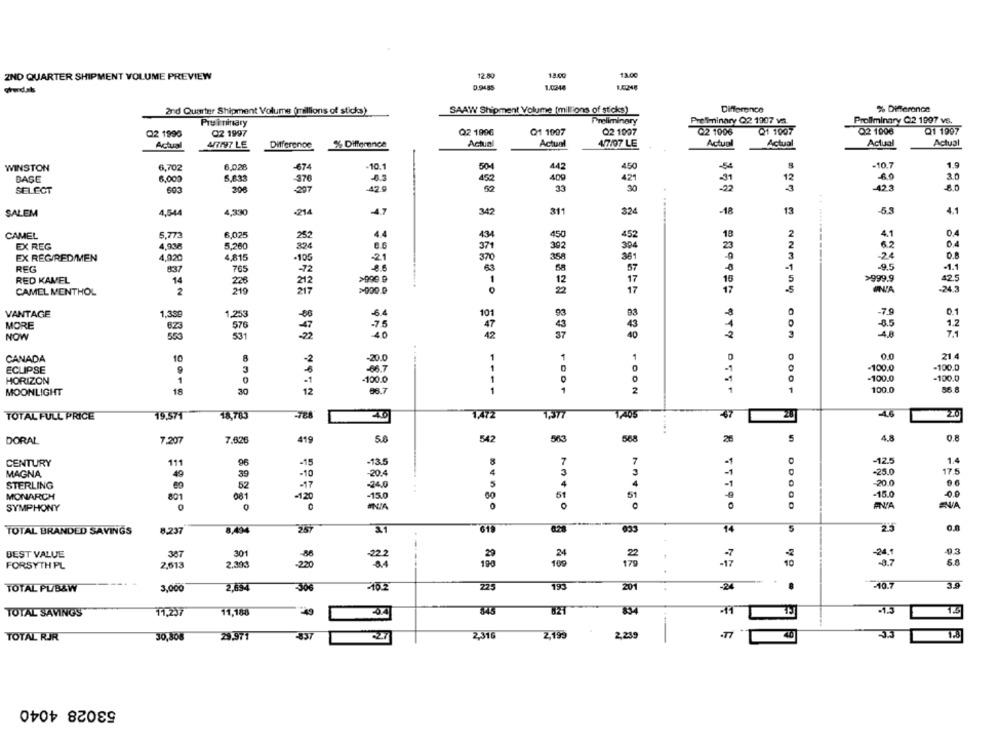
12.80
13.00
13.00
ZND QUARTER SHIPMENT VOLUME PREVIEW
D.9485
1.0348
2nd Quarter Shipment Volume (millions of sticks)
SAAW Shipment Volume (millions of sticks)
Difference
% Differance
Preliminary
Preliminary
Prefminary Q2 1907 vs.
Prollminary C2 1997 vs.
Q2 1990
02 1997
Q2 1996
Q1 1997
Q2 1907
Q2 1006
Q1 1007
Q2 1006
Q1 1997
Actual
Actual
Actual
4/7197 LE
Difference
% Difference
Actual
4/7/07 LE
Actual
Actual
Actual
-10.7
1.9
WINSTON
6,702
6.028
-674
10.1
504
442
450
-54
BASE
6,000
-0.5
452
421
-31
12
3.0
370
-42.3
SELECT
603
200
207
42.9
33
30
-22
80
SALEM
4,544
4,330
-214
-4.7
342
311
324
-18
13
-53
4.1
CAMEL
5.773
6,025
252
4.4
434
450
452
18
4.1
04
4,936
5,200
23
82
04
EX REG
824
8.6
371
302
394
EX REG/REDIMEN
4,920
4,815
-105
21
370
358
361
-24
0.8
REG
765
63
-95
-1.1
-72
58
57
RED KAMEL
14
226
1
12
17
15
>999.9
42.5
219
17
UNA
-24.3
CAMEL MENTHOL
2
>000.
2
17
93
-8
-79
VANTAGE
1,399
1,253
101
93
MORE
623
576
47
43
43
-6.5
1.2
40
4.0
7.1
NOW
531
42
37
2
10
8
1
1
1
0.0
21.4
CANADA
-20.0
ECLIPSE
9
-06.7
1
-100.0
-100.0
1
0
-100.0
-100.0
HORIZON
1
0
-100.0
MOONLIGHT
16
30
1
1
2
100.0
86.8
TOTAL FULL PRICE
15,571
18,783
-788
TAIZ
1,377
1405
47
-4.6
20
542
568
5
4.8
0.8
DORAL
7.207
7.626
419
5.8
&
7
7
-12.5
1.4
CENTURY
111
96
-45
-13.5
-1
MAGNA
49
30
-10
4
3
3
-1
-25.0
17.5
20.4
5
4
4
-1
-20.0
STERLING
52
-17
-24.0
MONARCH
801
081
-1,20
-150
60
51
51
-15.0
0
0
SNA
SYMPHONY
25
TOTAL BRANDED SAVINGS
8,237
257
14
i
BEST VALUE
387
301
FORSYTH PL
2,613
-220
222
100
-17
5.8
TOTAL PU/B&W
216.2
225
201
-2
-10.7
3,000
2,454
-306
TOTAL SAVINGS
11,237
11,188
345
834
71
-1.5
TOTAL RJR
30,808
29.97
-837
-27
2,316
2,199
2,239
T
40
53028 4040